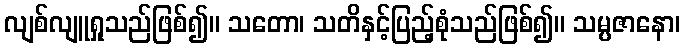
လျစ်လျူရှုသည်ဖြစ်၍။ သတော၊ သတိနှင့်ပြည့်စုံသည်ဖြစ်၍။ သမ္ပဇာနော၊